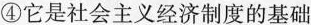
④它是社会主义经济制度的基础